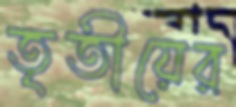
তৃতীয়ের